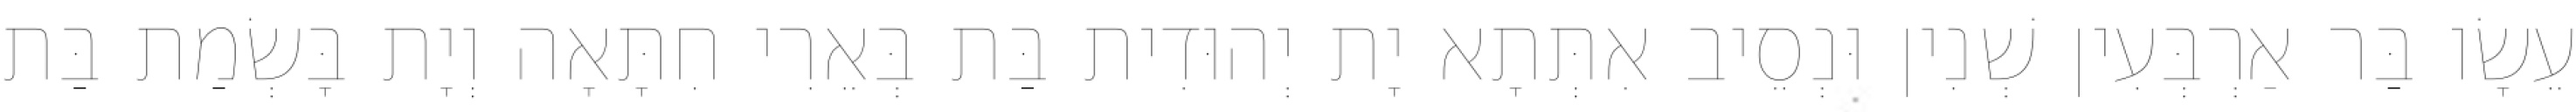
עֵשָׂו בַּר אַרְבְּעִין שְׁנִין וּנְסֵיב אִתְּתָא יָת יְהוּדִית בַּת בְּאֵרִי חִתָּאָה וְיָת בָּשְׂמַת בַּת